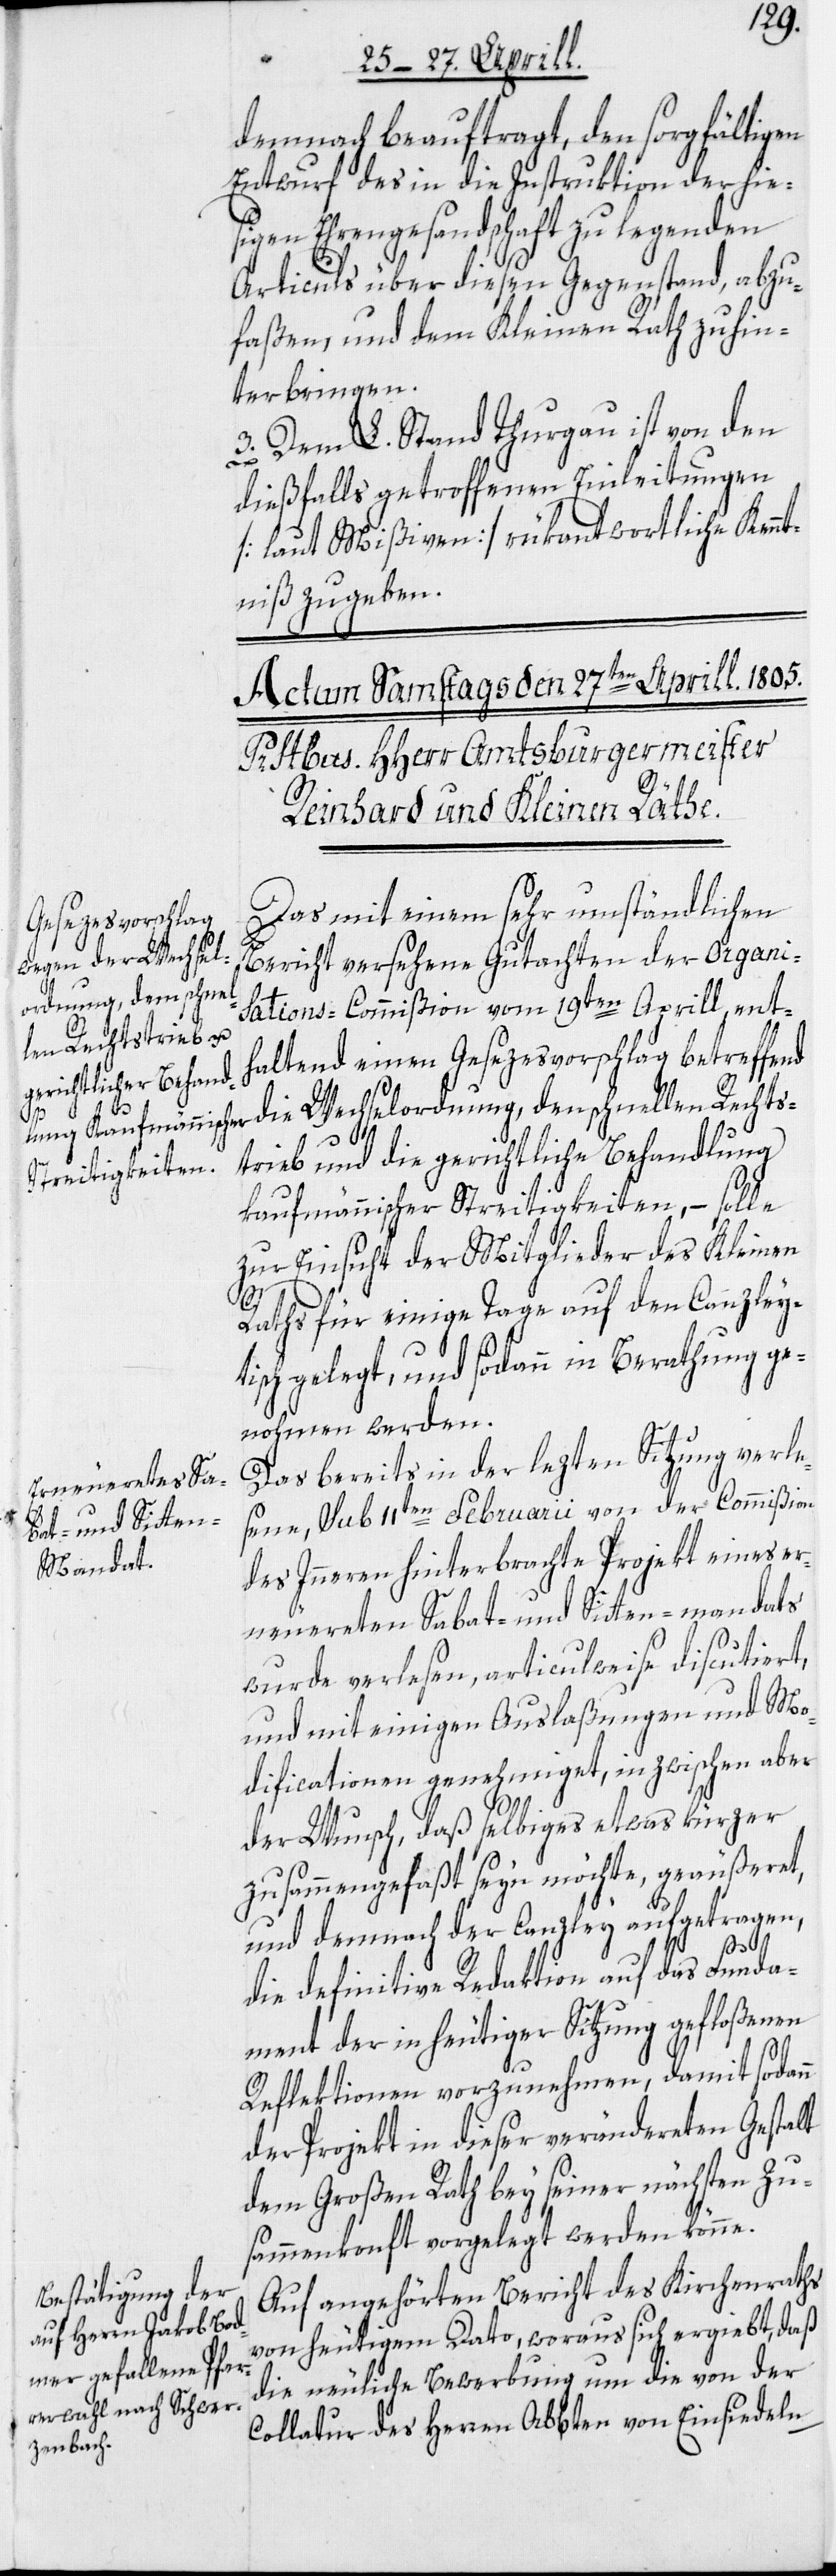
demnach beauftragt, den sorgfältigen
Entwurf des in die Instruktion der hies¬
igen Ehrengesandschaft zu legenden
Articuls über diesen Gegenstand, abzu¬
faßen, und dem Kleinen Rath zu hin¬
terbringen.
3. Dem L. Stand Thurgau ist von den
dießfalls getroffenen Einleitungen
[laut Mißiven] rükantwortliche Kennt¬
niß zu geben.
Das mit einem sehr umständlichen
Bericht versehene Gutachten der Organi¬
sations-Commißion vom 19ten Aprill, ent¬
haltend einen Gesezesvorschlag betreffend
die Wechselordnung, den schnellen Rechts¬
trieb und die gerichtliche Behandlung
kaufmännischer Streitigkeiten, – solle
zur Einsicht der Mitglieder des Kleinen
Raths für einige Tage auf den Canzley¬
tisch gelegt, und sodann in Berathung ge¬
nohmen werden.
Das bereits in der lezten Sitzung verle¬
sene, sub 11ten Februarii von der Commißion
des Inneren hinterbrachte Projekt eines er¬
neuerten Sabat- und Sitten-mandats
wurde verlesen, articulweise discutiert,
und mit einigen Auslaßungen und Mo¬
dificationen genehmiget, inzwischen aber
der Wunsch, daß selbiges etwas kürzer
zusammengefaßt seyn möchte, geäußeret,
und demnach der Canzley aufgetragen,
die definitive Redaktion auf das Funda¬
ment der in heutiger Sitzung gefloßenen
Reflektionen vorzunehmen, damit sodann
der Projekt in dieser verändereten Gestalt
dem Großen Rath bey seiner nächsten Zu¬
sammenkonft vorgelegt werden könne.
Auf angehörten Bericht des Kirchenraths
von heutigem Dato, woraus sich ergiebt, daß
die neuliche Bewerbung um die von der
Collatur des Herren Abbten von Einsiedeln